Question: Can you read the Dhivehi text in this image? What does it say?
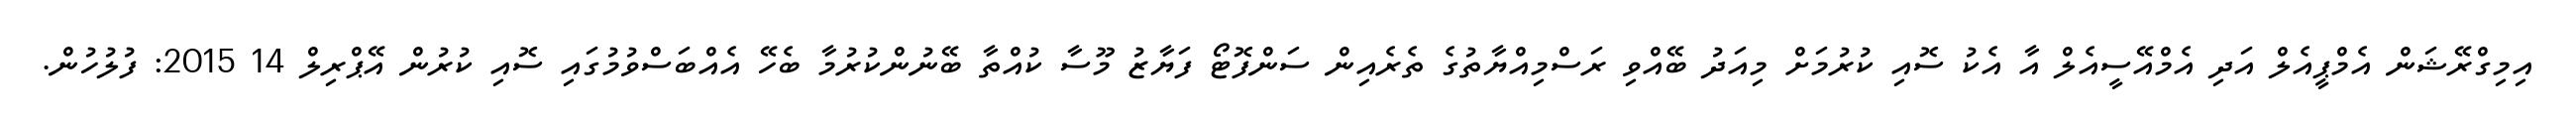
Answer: އިމިގްރޭޝަން އެމްޕީއެލް އަދި އެމްއޭސީއެލް އާ އެކު ސޮއި ކުރުމަށް މިއަދު ބޭއްވި ރަސްމިއްޔާތުގެ ތެރެއިން ސަންފޮޓޯ ފަޔާޒު މޫސާ ކުއްތާ ބޭނުންކުރުމާ ބެހޭ އެއްބަސްވުމުގައި ސޮއި ކުރުން އޭޕްރިލް 14 2015: ފުލުހުން.